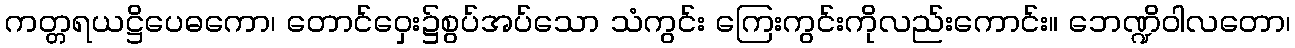
ကတ္တရယဋ္ဌိပေဓကော၊ တောင်ဝှေး၌စွပ်အပ်သော သံကွင်း ကြေးကွင်းကိုလည်းကောင်း။ ဘေဏ္ဍိဝါလတော၊